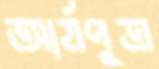
আর্যপুত্র